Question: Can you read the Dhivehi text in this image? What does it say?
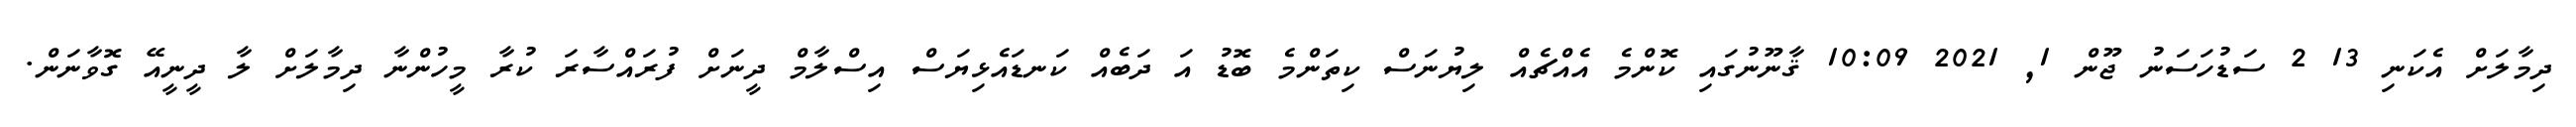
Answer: ދިމާލަށް އެކަނި 13 2 ސަޑުހަސަނު ޖޫން 1, 2021 10:09 ޤާނޫނުގައި ކޮންމެ އެއްޗެއް ލިޔުނަސް ކިތަންމެ ބޮޑު އަ ދަބެއް ކަނޑައެޅިޔަސް އިސްލާމް ދީނަށް ފުރައްސާރަ ކުރާ މީހުންނާ ދިމާލަށް ލާ ދީނީއޭ ގޮވާނަން.